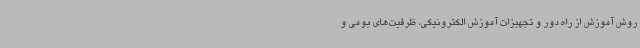
روش آموزش از راه دور و تجهیزات آموزش الکترونیکی، ظرفیت‌های بومی و